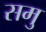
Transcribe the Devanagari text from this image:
समु